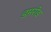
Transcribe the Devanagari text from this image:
डमरोड